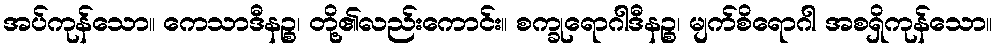
အပ်ကုန်သော။ ကေသာဒီနဉ္စ၊ တို့၏လည်းကောင်း။ စက္ခုရောဂါဒီနဉ္စ၊ မျက်စိရောဂါ အစရှိကုန်သော။